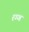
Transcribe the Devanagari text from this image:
रञ्ञ